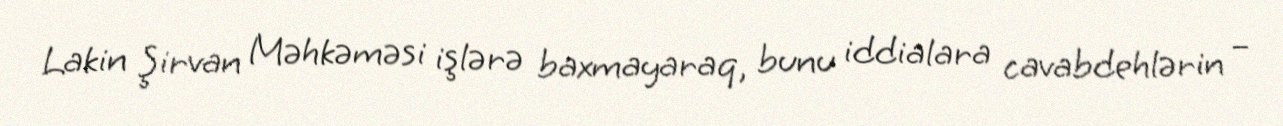
Lakin Şirvan Məhkəməsi işlərə baxmayaraq, bunu iddialara cavabdehlərin –